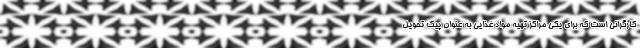
کارگرانی است که برای یکی مراکز تهیه مواد غذایی به عنوان پیک تحویل